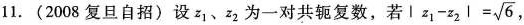
11.(2008复旦自招)设z_{1}、z_{2}，为一对共轭复数，若$$|z_{1}-z_{2}|= \sqrt{6}$$ ，